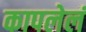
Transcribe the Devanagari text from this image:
कापलेलं